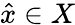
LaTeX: {\hat{x}}\in X